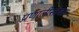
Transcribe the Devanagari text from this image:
प्रणालीसोबत